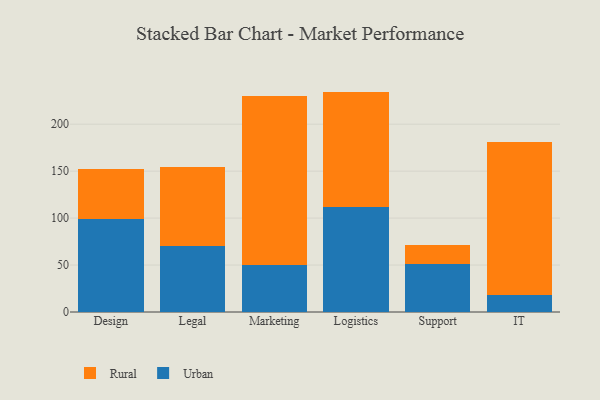
{"axis": {"x": "Department", "y": "Inventory Turnover"}, "legend": ["Rural", "Urban"], "data": [{"x": "Design", "y": 98.9, "type": "Urban"}, {"x": "Design", "y": 53.8, "type": "Rural"}, {"x": "Legal", "y": 70.2, "type": "Urban"}, {"x": "Legal", "y": 84.5, "type": "Rural"}, {"x": "Marketing", "y": 49.9, "type": "Urban"}, {"x": "Marketing", "y": 179.6, "type": "Rural"}, {"x": "Logistics", "y": 111.7, "type": "Urban"}, {"x": "Logistics", "y": 123.0, "type": "Rural"}, {"x": "Support", "y": 51.5, "type": "Urban"}, {"x": "Support", "y": 20.2, "type": "Rural"}, {"x": "IT", "y": 17.8, "type": "Urban"}, {"x": "IT", "y": 163.5, "type": "Rural"}]}